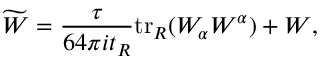
\widetilde { W } = \frac { \tau } { 6 4 \pi i t _ { R } } \mathrm { t r } _ { R } ( W _ { \alpha } W ^ { \alpha } ) + W ,